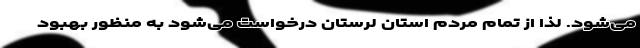
می‌شود. لذا از تمام مردم استان لرستان درخواست می‌شود به منظور بهبود